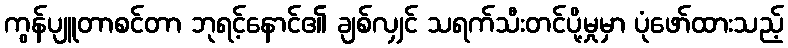
ကွန်ပျူတာစင်တာ ဘုရင့်နောင်၏ ချစ်လျှင် သရက်သီးတင်ပို့မှုမှာ ပုံဖော်ထားသည့်